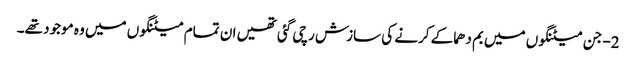
2- جن میٹنگوں میں بم دھماکے کرنے کی سازش رچی گئی تھیں ان تمام میٹنگوں میں وہ موجود تھے۔